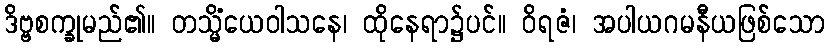
ဒိဗ္ဗစက္ခုမည်၏။ တသ္မိံယေဝါသနေ၊ ထိုနေရာ၌ပင်။ ဝိရဇံ၊ အပါယဂမနီယဖြစ်သော